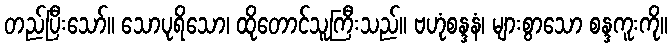
တည်ပြီးသော်။ သောပုရိသော၊ ထိုတောင်သူကြီးသည်။ ဗဟုံစန္ဒနံ၊ များစွာသော စန္ဒကူးကို။